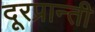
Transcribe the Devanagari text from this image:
दूरप्रान्ती